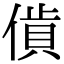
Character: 𧵰